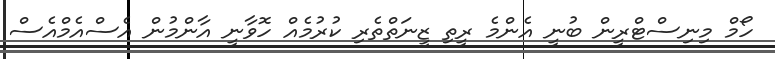
ހޯމް މިނިސްޓްރީން ބުނީ އެންމެ ރީތި ޒީނަތްތެރި ކުރުމެއް ހޮވާނީ އާންމުން އެސްއެމްއެސް